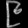
Digit: ၉